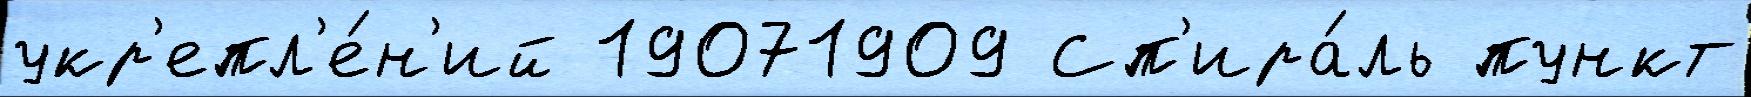
укр'епл'е́н'ий 19071909 Сп'ира́ль пункт